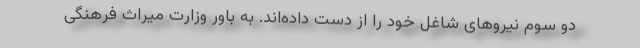
دو سوم نیروهای شاغل خود را از دست داده‌اند. به باور وزارت میراث فرهنگی